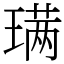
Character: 𫞩